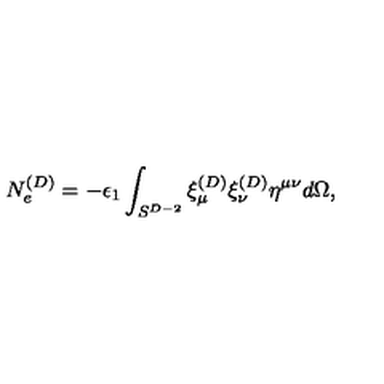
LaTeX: N _ { e } ^ { ( D ) } = - \epsilon _ { 1 } \int _ { S ^ { D - 2 } } \xi _ { \mu } ^ { ( D ) } \xi _ { \nu } ^ { ( D ) } \eta ^ { \mu \nu } d \Omega ,